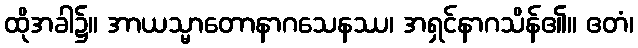
ထိုအခါ၌။ အာယသ္မာတောနာဂသေနဿ၊ အရှင်နာဂသိန်၏။ ဧတံ၊